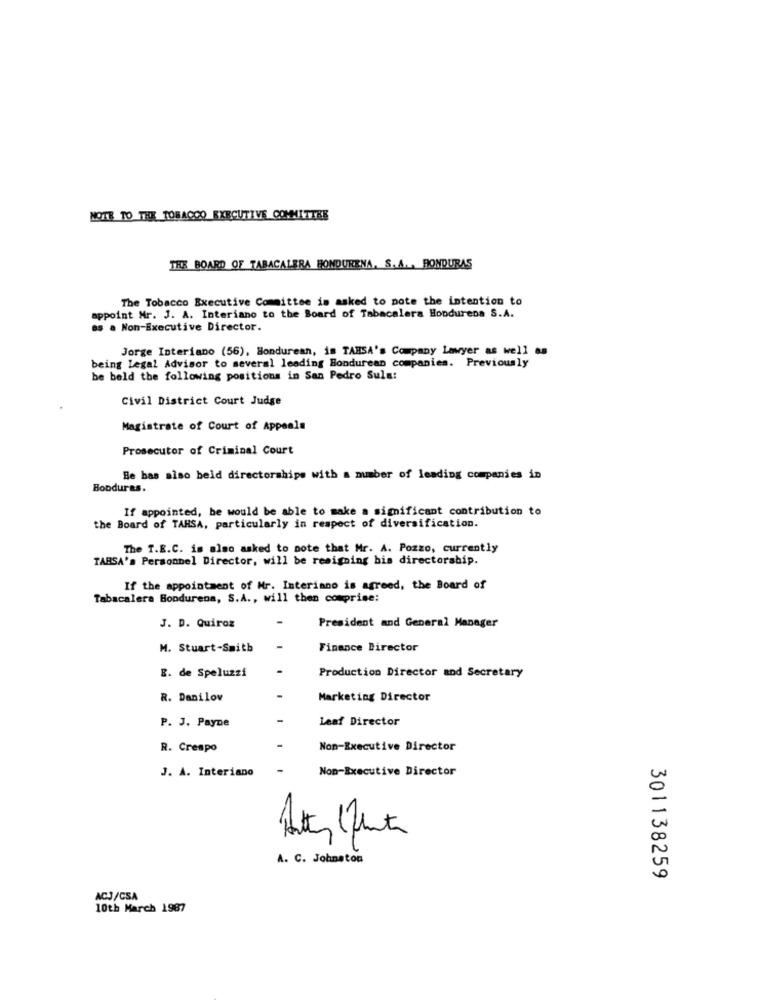
NOTE TO THE TOBACCO EXECUTIVE COMMITTEE
THE BOARD OF TABACALERA HONDURENA, S. A. , HONDURAS
The Tobacco Executive Committee is asked to note the intention to
appoint Mr. J. A. Interiano to the Board of Tabacalera Hoodurena S.A.
as a Non-Executive Director.
Jorge Interiano (56), Hondurean, in TARSA's Company Lawyer as well as
being Legal Advisor to several leading Hondurean companies. Previously
be beld the following positions in San Pedro Sula:
Civil District Court Judge
Magistrate of Court of Appeals
Prosecutor of Criminal Court
Be bas also beld directorships with a number of leading companies in
Honduras.
If appointed, be would be able to make a significant contribution to
the Board of TAHSA, particularly in respect of diversification.
The T.E.C. is also asked to note that Mr. A. Pozzo, currently
TABSA's Personnel Director, will be resigning bis directorship.
If the appointment of Mr. Interiano is agreed, the Board of
Tabacalera Bondurena, S.A ., will then comprise:
J. D. Quiroz
President and General Manager
M. Stuart-Smith
Finance Director
E. de Speluzzi
Production Director and Secretary
R. Danilov
Marketing Director
Leaf Director
P. J. Payne
R. Crespo
Non-Executive Director
J. A. Interiano
Non-Executive Director
A. C. Johnston
301138259
ACJ/CSA
10th March 1987